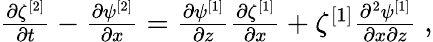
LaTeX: \begin{array}{r}{\frac{\partial\zeta^{[2]}}{\partial t}-\frac{\partial\psi^{[2]}}{\partial x}=\frac{\partial\psi^{[1]}}{\partial z}\frac{\partial\zeta^{[1]}}{\partial x}+\zeta^{[1]}\frac{\partial^{2}\psi^{[1]}}{\partial x\partial z}\; ,}\end{array}